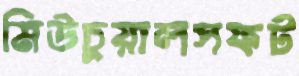
মিউচুয়ালসফট